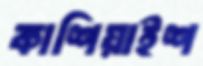
কাশিয়াইশ